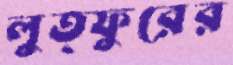
লুত্ফুরের